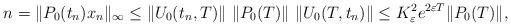
LaTeX: \begin{align*} n &= \|P_0(t_n)x_n\|_\infty \leq \|U_{0}(t_n,T)\| \ \|P_0(T)\| \ \|U_0(T,t_n)\| \leq K_\varepsilon^2 e^{2 \varepsilon T} \|P_0(T)\|, \end{align*}